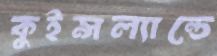
কুইন্সল্যান্ডে